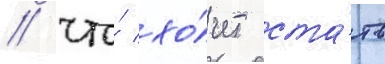
/ что́ хо́чет ста́ть